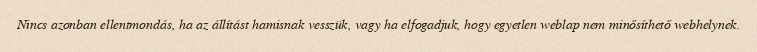
Nincs azonban ellentmondás, ha az állítást hamisnak vesszük, vagy ha elfogadjuk, hogy egyetlen weblap nem minősíthető webhelynek.